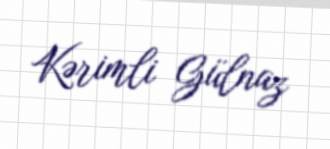
Kərimli Gülnaz